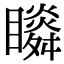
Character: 𥌌